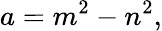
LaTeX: a=m^{2}-n^{2},